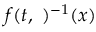
f ( t , \ ) ^ { - 1 } ( x )